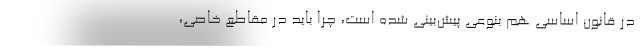
در قانون اساسی هم بنوعی پیش‌بینی شده است، چرا باید در مقاطع خاصی،